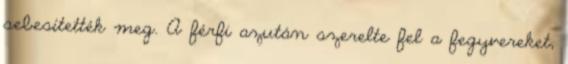
sebesítették meg. A férfi azután szerelte fel a fegyvereket,